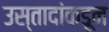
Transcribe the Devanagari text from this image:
उस्तादांकडून